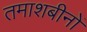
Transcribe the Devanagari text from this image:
तमाशबीनों